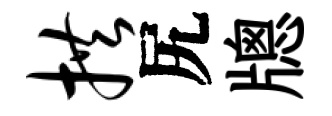
拱尻牕